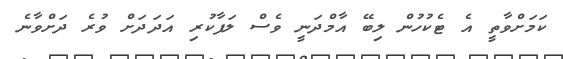
ކަމަށްވާތީ އެ ޓެކުހުން ލިބޭ އާމްދަނީ ވެސް ލަފާކުރި އަދަދަށް ވުރެ ދަށްވާނެ